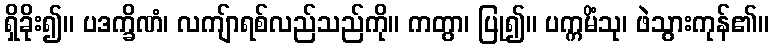
ရှိခိုး၍။ ပဒက္ခိဏံ၊ လကျ်ာရစ်လည်သည်ကို။ ကတွာ၊ ပြု၍။ ပက္ကမိံသု၊ ဖဲသွားကုန်၏။